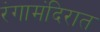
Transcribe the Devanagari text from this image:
रंगामंदिरात